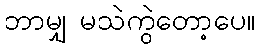
ဘာမျှ မသဲကွဲတော့ပေ။